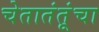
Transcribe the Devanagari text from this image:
चेतातंतूंचा